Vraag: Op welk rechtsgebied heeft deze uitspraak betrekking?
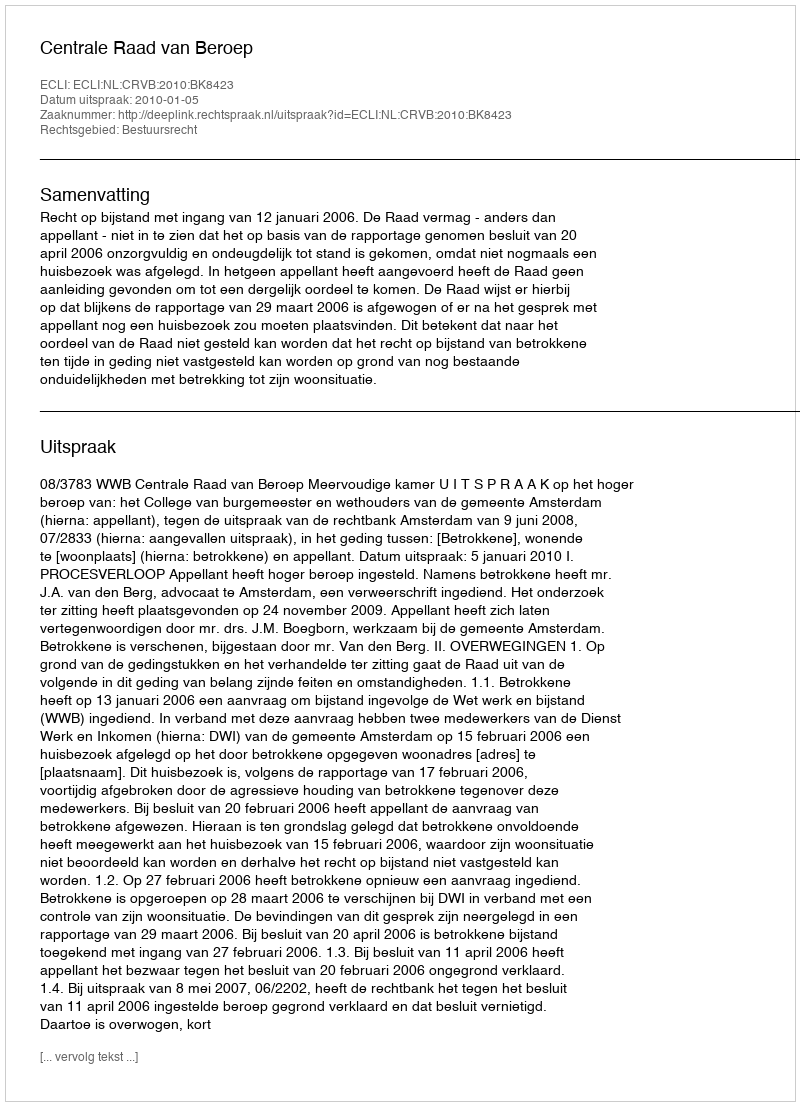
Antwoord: Bestuursrecht